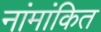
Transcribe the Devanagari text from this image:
नांमांकित